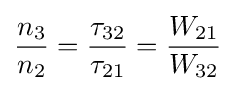
{\frac {n_{3}}{n_{2}}}={\frac {\tau _{32}}{\tau _{21}}}={\frac {W_{21}}{W_{32}}}